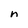
Character: n